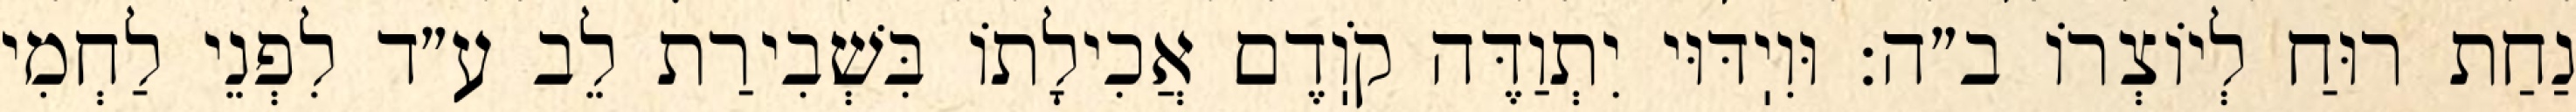
נַחַת רוּחַ לְיוֹצְרוֹ ב״ה: וּוִיֽדּוּי יִתְוַדֶּה קֹוֽדֶם אֲכִילָתוֹ בִּשְׁבִירַת לֵב ע״ד לִפְנֵי לַחְמִי